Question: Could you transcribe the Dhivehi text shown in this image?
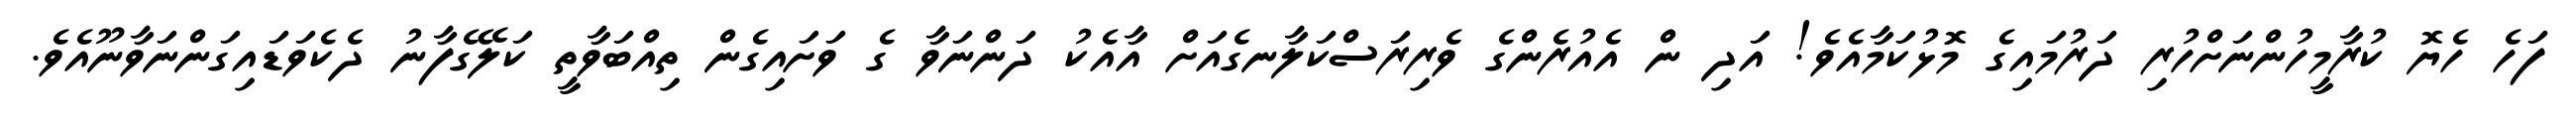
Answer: ފަހެ ހެޔޮ ކުރާމީހުންނަށްހުރި ދަރުމައިގެ މޮޅުކަމާއެވެ! އަދި ން އެއުރެންގެ ވެރިރަސްކަލާނގެއަށް އާއެކު ދަންނަވާ ގެ ވަށައިގެން ތިއްބަވާތީ ކަލޭގެފާނު ދެކެވަޑައިގަންނަވާނޫއެވެ.